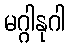
မဂ္ဂါနုဂါ